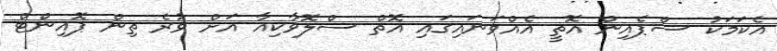
އެކަމަކު ސްޕެއިން އޮތީ އެއްވަނައިގައި އޮތް ސްލޮވާކިއާ އަށް ވުރެ ތިން ޕޮއިންޓް